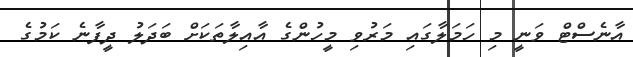
އާނެސްޓް ވަނީ މި ހަމަލާގައި މަރުވި މީހުންގެ އާއިލާތަކަށް ބަދަލު ދީފާނެ ކަމުގެ